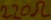
Text: 220Ω